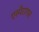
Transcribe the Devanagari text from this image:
एस्पैरागस